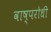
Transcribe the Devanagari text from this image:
वाष्परोधी